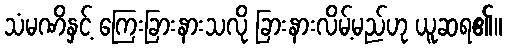
သံမဏိနှင့် ကြေးခြားနားသလို ခြားနားလိမ့်မည်ဟု ယူဆရ၏။